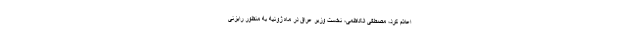
اعلام کرد، مصطفی الکاظمی، نخست وزیر عراق در ماه ژوئیه به منظور رایزنی